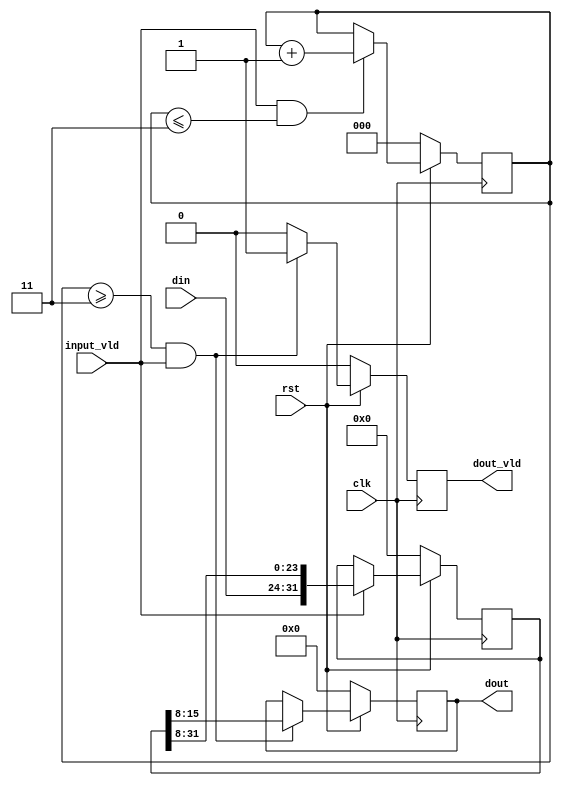

module variable_shift_reg #(
    parameter width = 8, 
    parameter depth = 3
    )(
    input wire clk,
    input wire rst,
    input wire input_vld,
    input wire [width-1:0] din,
    output reg [width-1:0] dout,
    output reg dout_vld
);
    reg [width*(depth+1)-1:0] sr;   // /rtl/base/variable_shift_reg.v(25): (vopt-3373) Range of part-select [-1:32] into 'sr' [31:0] is reversed.
    reg [$clog2(depth+1):0] cnt;    // clog2depth

    always@(posedge clk) begin
        if(rst == 1'b0) begin
            sr <= 0;
        end else begin
            if(input_vld == 1'b1) begin
                sr <= {din, sr[width*(depth+1)-1:width]};
            end else begin
                sr <= sr;
            end
        end
    end

    always@(posedge clk) begin
        if(rst == 1'b0) begin
            cnt <= 0;
        end else begin
            if(input_vld == 1'b1 && cnt <= depth) begin
                cnt <= cnt + 1'b1;
            end else begin
                cnt <= cnt;
            end
        end
    end

    always@(posedge clk) begin
        if(rst == 1'b0) begin
            dout_vld <= 0;
        end else begin
            if(cnt >= depth && input_vld == 1'b1) begin
                dout_vld <= 1'b1;
            end else begin
                dout_vld <= 1'b0;
            end
        end
    end

    always@(posedge clk) begin
        if(rst == 1'b0) begin
            dout <= 0;
        end else begin
            if(cnt >= depth && input_vld == 1'b1) begin
                dout <= sr[width*2-1:width];
            end else begin
                dout <= dout;
            end
        end
    end

    // Dump waves
    initial begin
        $dumpfile("variable_shift_reg.vcd");
        $dumpvars(1, variable_shift_reg);
    end

endmodule